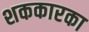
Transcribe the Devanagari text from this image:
शककारका